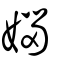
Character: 㛴